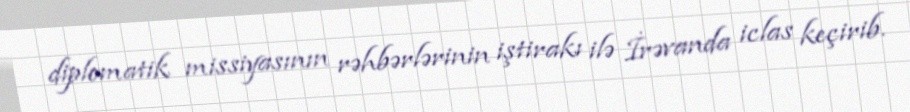
diplomatik missiyasının rəhbərlərinin iştirakı ilə İrəvanda iclas keçirib.